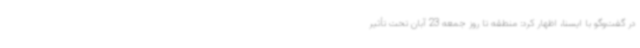
در گفت‌وگو با ایسنا، اظهار کرد: منطقه تا روز جمعه 23 آبان تحت تأثیر